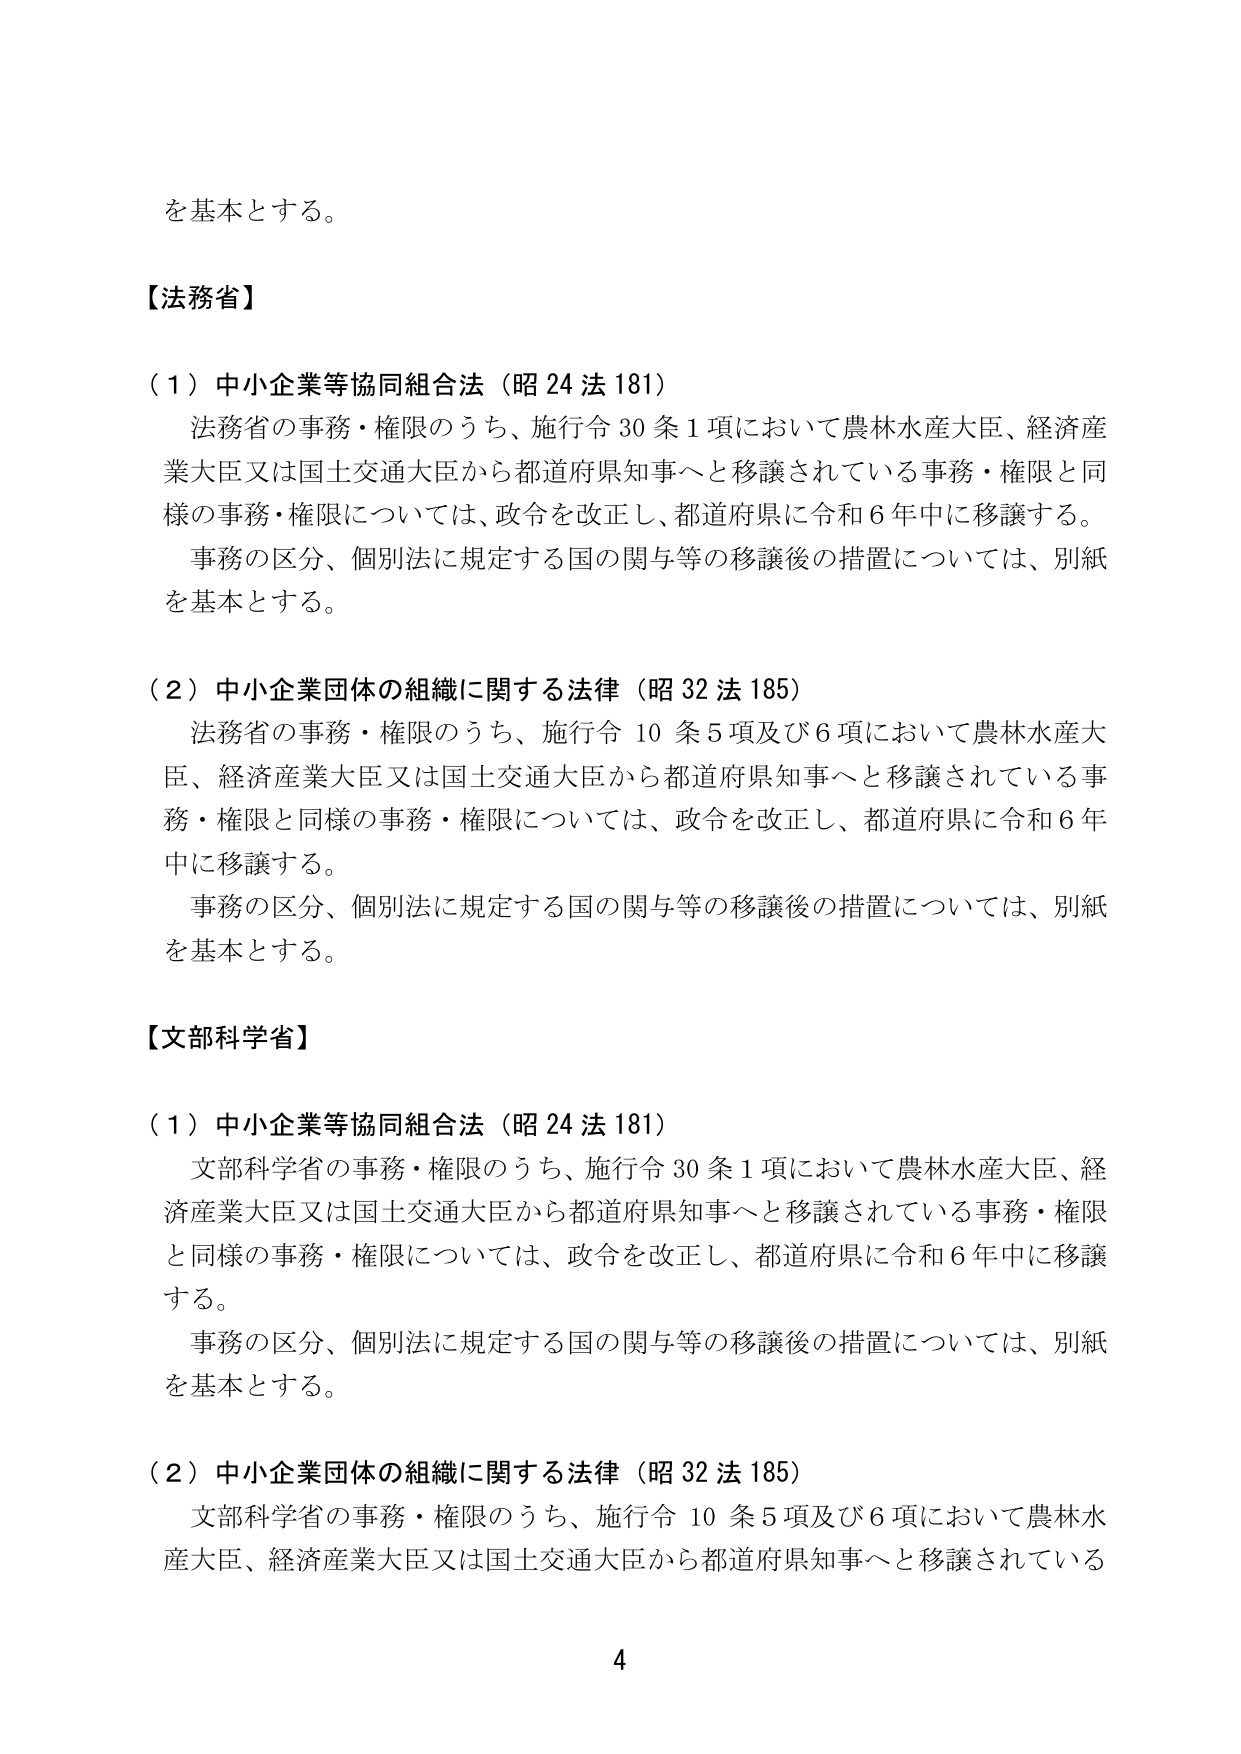
を基本とする。

【法務省】

（１）中小企業等協同組合法（昭24法181）
法務省の事務・権限のうち、施行令30条1項において農林水産大臣、経済産業大臣又は国土交通大臣から都道府県知事へと移譲されている事務・権限と同様の事務・権限については、政令を改正し、都道府県に令和6年中に移譲する。
事務の区分、個別法に規定する国の関与等の移譲後の措置については、別紙を基本とする。

（２）中小企業団体の組織に関する法律（昭32法185）
法務省の事務・権限のうち、施行令10条5項及び6項において農林水産大臣、経済産業大臣又は国土交通大臣から都道府県知事へと移譲されている事務・権限と同様の事務・権限については、政令を改正し、都道府県に令和6年中に移譲する。
事務の区分、個別法に規定する国の関与等の移譲後の措置については、別紙を基本とする。

【文部科学省】

（１）中小企業等協同組合法（昭24法181）
文部科学省の事務・権限のうち、施行令30条1項において農林水産大臣、経済産業大臣又は国土交通大臣から都道府県知事へと移譲されている事務・権限と同様の事務・権限については、政令を改正し、都道府県に令和6年中に移譲する。
事務の区分、個別法に規定する国の関与等の移譲後の措置については、別紙を基本とする。

（２）中小企業団体の組織に関する法律（昭32法185）
文部科学省の事務・権限のうち、施行令10条5項及び6項において農林水産大臣、経済産業大臣又は国土交通大臣から都道府県知事へと移譲されている

4